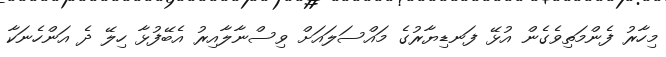
މިހާރު ފެންމަތިވެގެން އުޅޭ ފަނޑިޔާރުގެ މައްސަލައަށް ވިސްނާލާއިރު އެބޭފުޅާ ހިލޭ ދެ އަންހެނަކާ